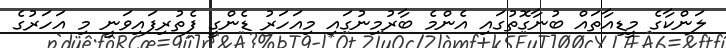
ލަންކާގެ މީޑިއާތައް ބުނާގޮތުގައި އެންމެ ބާރުމިނުގައި މިއަހަރު ޑެންގީ ފެތުރިފައިވަނީ މި އަހަރުގެ